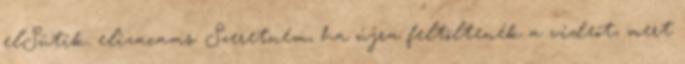
elSütik. elizacams: Szeretném, ha újra feltöltenék a videót, mert